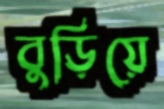
বুড়িয়ে